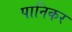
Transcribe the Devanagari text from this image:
पानिकर